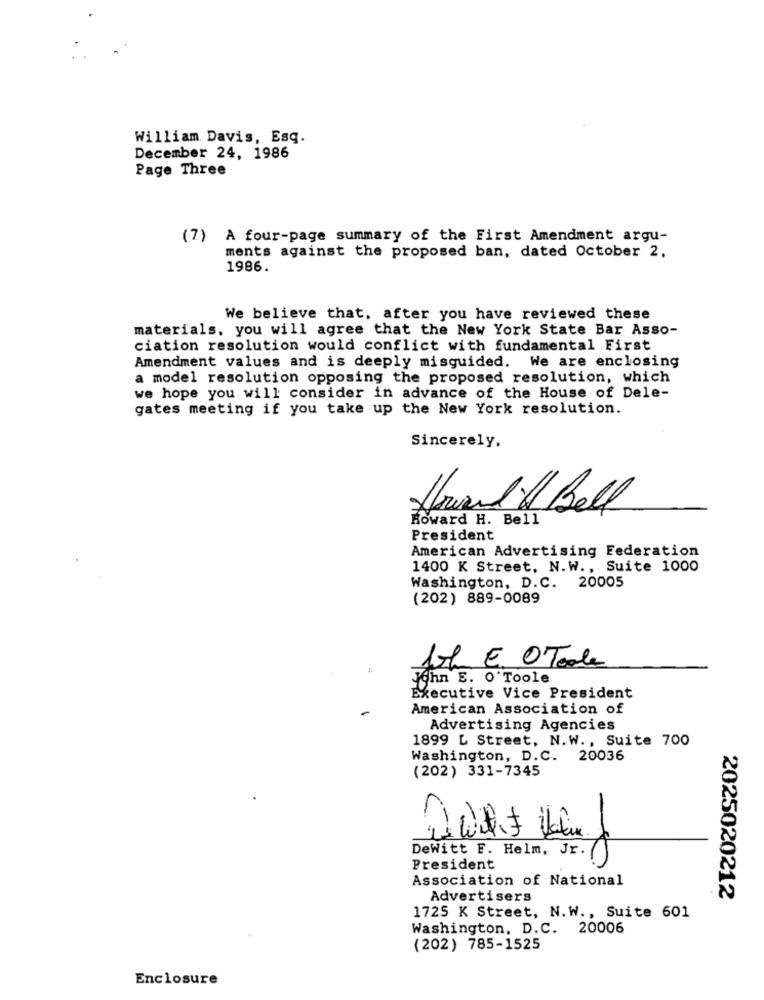
William Davis, Esq.
December 24, 1986
Page Three
(7) A four-page summary of the First Amendment argu-
ments against the proposed ban, dated October 2,
1986.
We believe that, after you have reviewed these
materials, you will agree that the New York State Bar Asso-
ciation resolution would conflict with fundamental First
Amendment values and is deeply misguided. We are enclosing
a model resolution opposing the proposed resolution, which
we hope you will consider in advance of the House of Dele-
gates meeting if you take up the New York resolution.
Sincerely,
Arild Bell
Howard H. Bell
President
American Advertising Federation
1400 K Street, N.W ., Suite 1000
Washington, D.C. 20005
(202) 889-0089
Lol E O Toole
John E. O'Toole
Executive Vice President
American Association of
Advertising Agencies
1899 L Street, N.W ., Suite 700
Washington, D.C. 20036
(202) 331-7345
DeWitt F. Helm, Jr.
President
Association of National
Advertisers
2025020212
1725 K Street, N.W ., Suite 601
Washington, D.C. 20006
(202) 785-1525
Enclosure